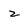
Character: z